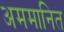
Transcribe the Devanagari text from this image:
अममानित